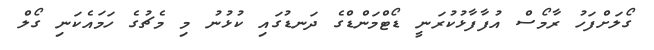
ގޯލަށްފަހު ރާމޯސް އުފާފާޅުކުރަނީ ޑޯޓްމަންޑްގެ ދަނޑުގައި ކުޅުނު މި މެޗުގެ ހަމައެކަނި ގޯލް